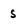
Character: S